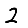
Digit: 2